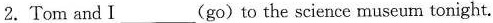
2.Tom and I___(go)to the science museum tonight.